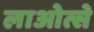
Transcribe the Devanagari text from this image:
लाओत्से